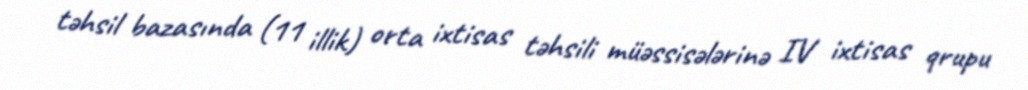
təhsil bazasında (11 illik) orta ixtisas təhsili müəssisələrinə IV ixtisas qrupu